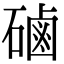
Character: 磠